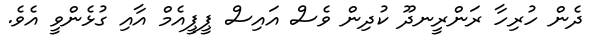
ދެން ހުރިހާ ރަންރީނދޫ ކުދިން ވެސް އައިސް ޕީޕީއެމް އާއި ގުޅެންވީ އެވެ.